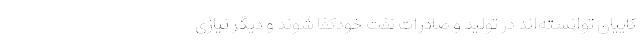
کاییان توانسته‌اند در تولید و صادرات نفت خودکفا شوند و دیگر نیازی